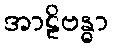
အာဠိဗန္ဓာ